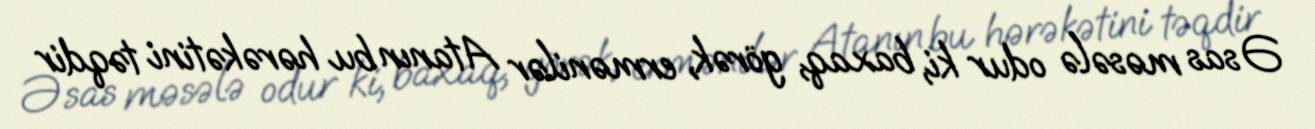
Əsas məsələ odur ki, baxaq, görək, ermənilər Atanın bu hərəkətini təqdir